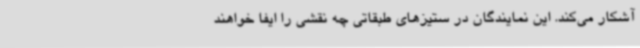
آشکار می‌کند. این نمایندگان در ستیزهای طبقاتی چه نقشی را ایفا خواهند